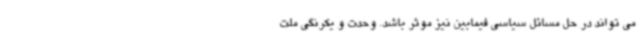
می تواند در حل مسائل سیاسی فیمابین نیز موثر باشد. وحدت و یکرنگی ملت